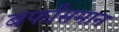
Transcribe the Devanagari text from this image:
बर्फांसमान